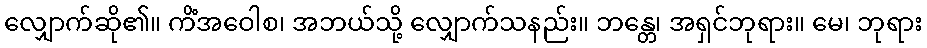
လျှောက်ဆို၏။ ကိံအဝေါစ၊ အဘယ်သို့ လျှောက်သနည်း။ ဘန္တေ၊ အရှင်ဘုရား။ မေ၊ ဘုရား